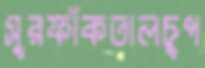
সুরফাঁকতালচুপ